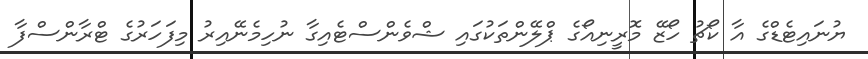
ޔުނައިޓެޑްގެ އާ ކޯޗު ހޯޒޭ މޮރީނިއޯގެ ޕްލޭންތަކުގައި ޝްވެންސްޓެއިގާ ނުހިމެނޭއިރު މިފަހަރުގެ ޓްރާންސްފާ